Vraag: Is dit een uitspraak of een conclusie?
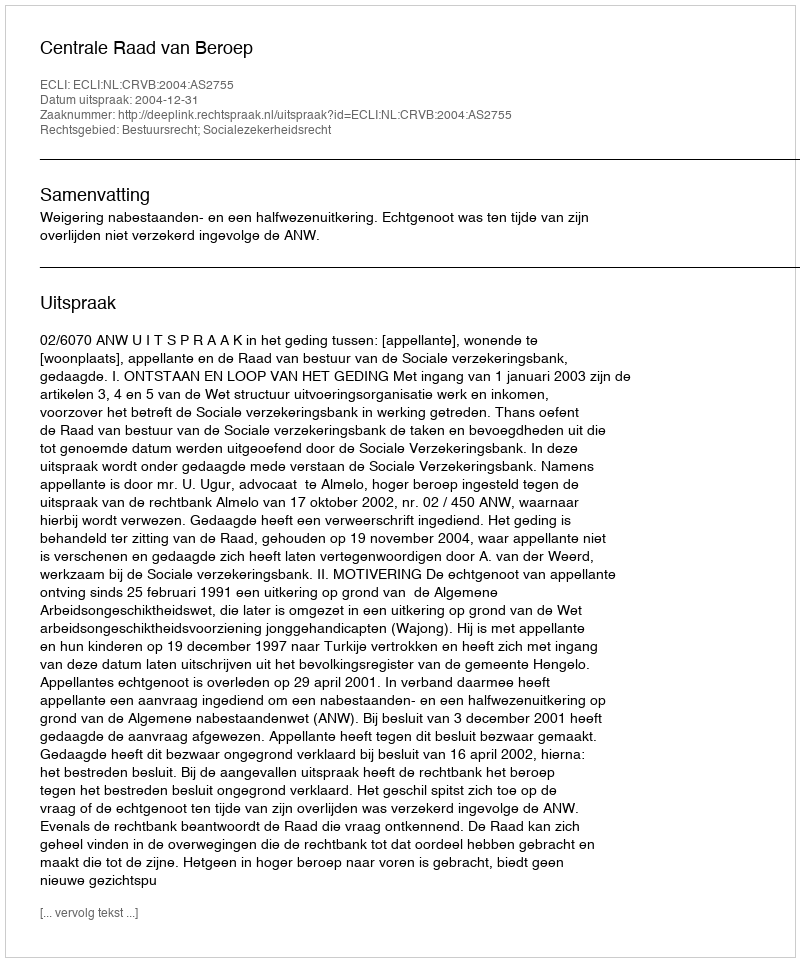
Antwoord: Uitspraak